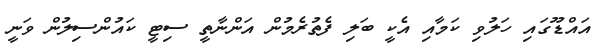
އައްޑޫގައި ހަލުވި ކަމާއި އެކީ ބަލި ފެތުރެމުން އަންނާތީ ސިޓީ ކައުންސިލުން ވަނީ